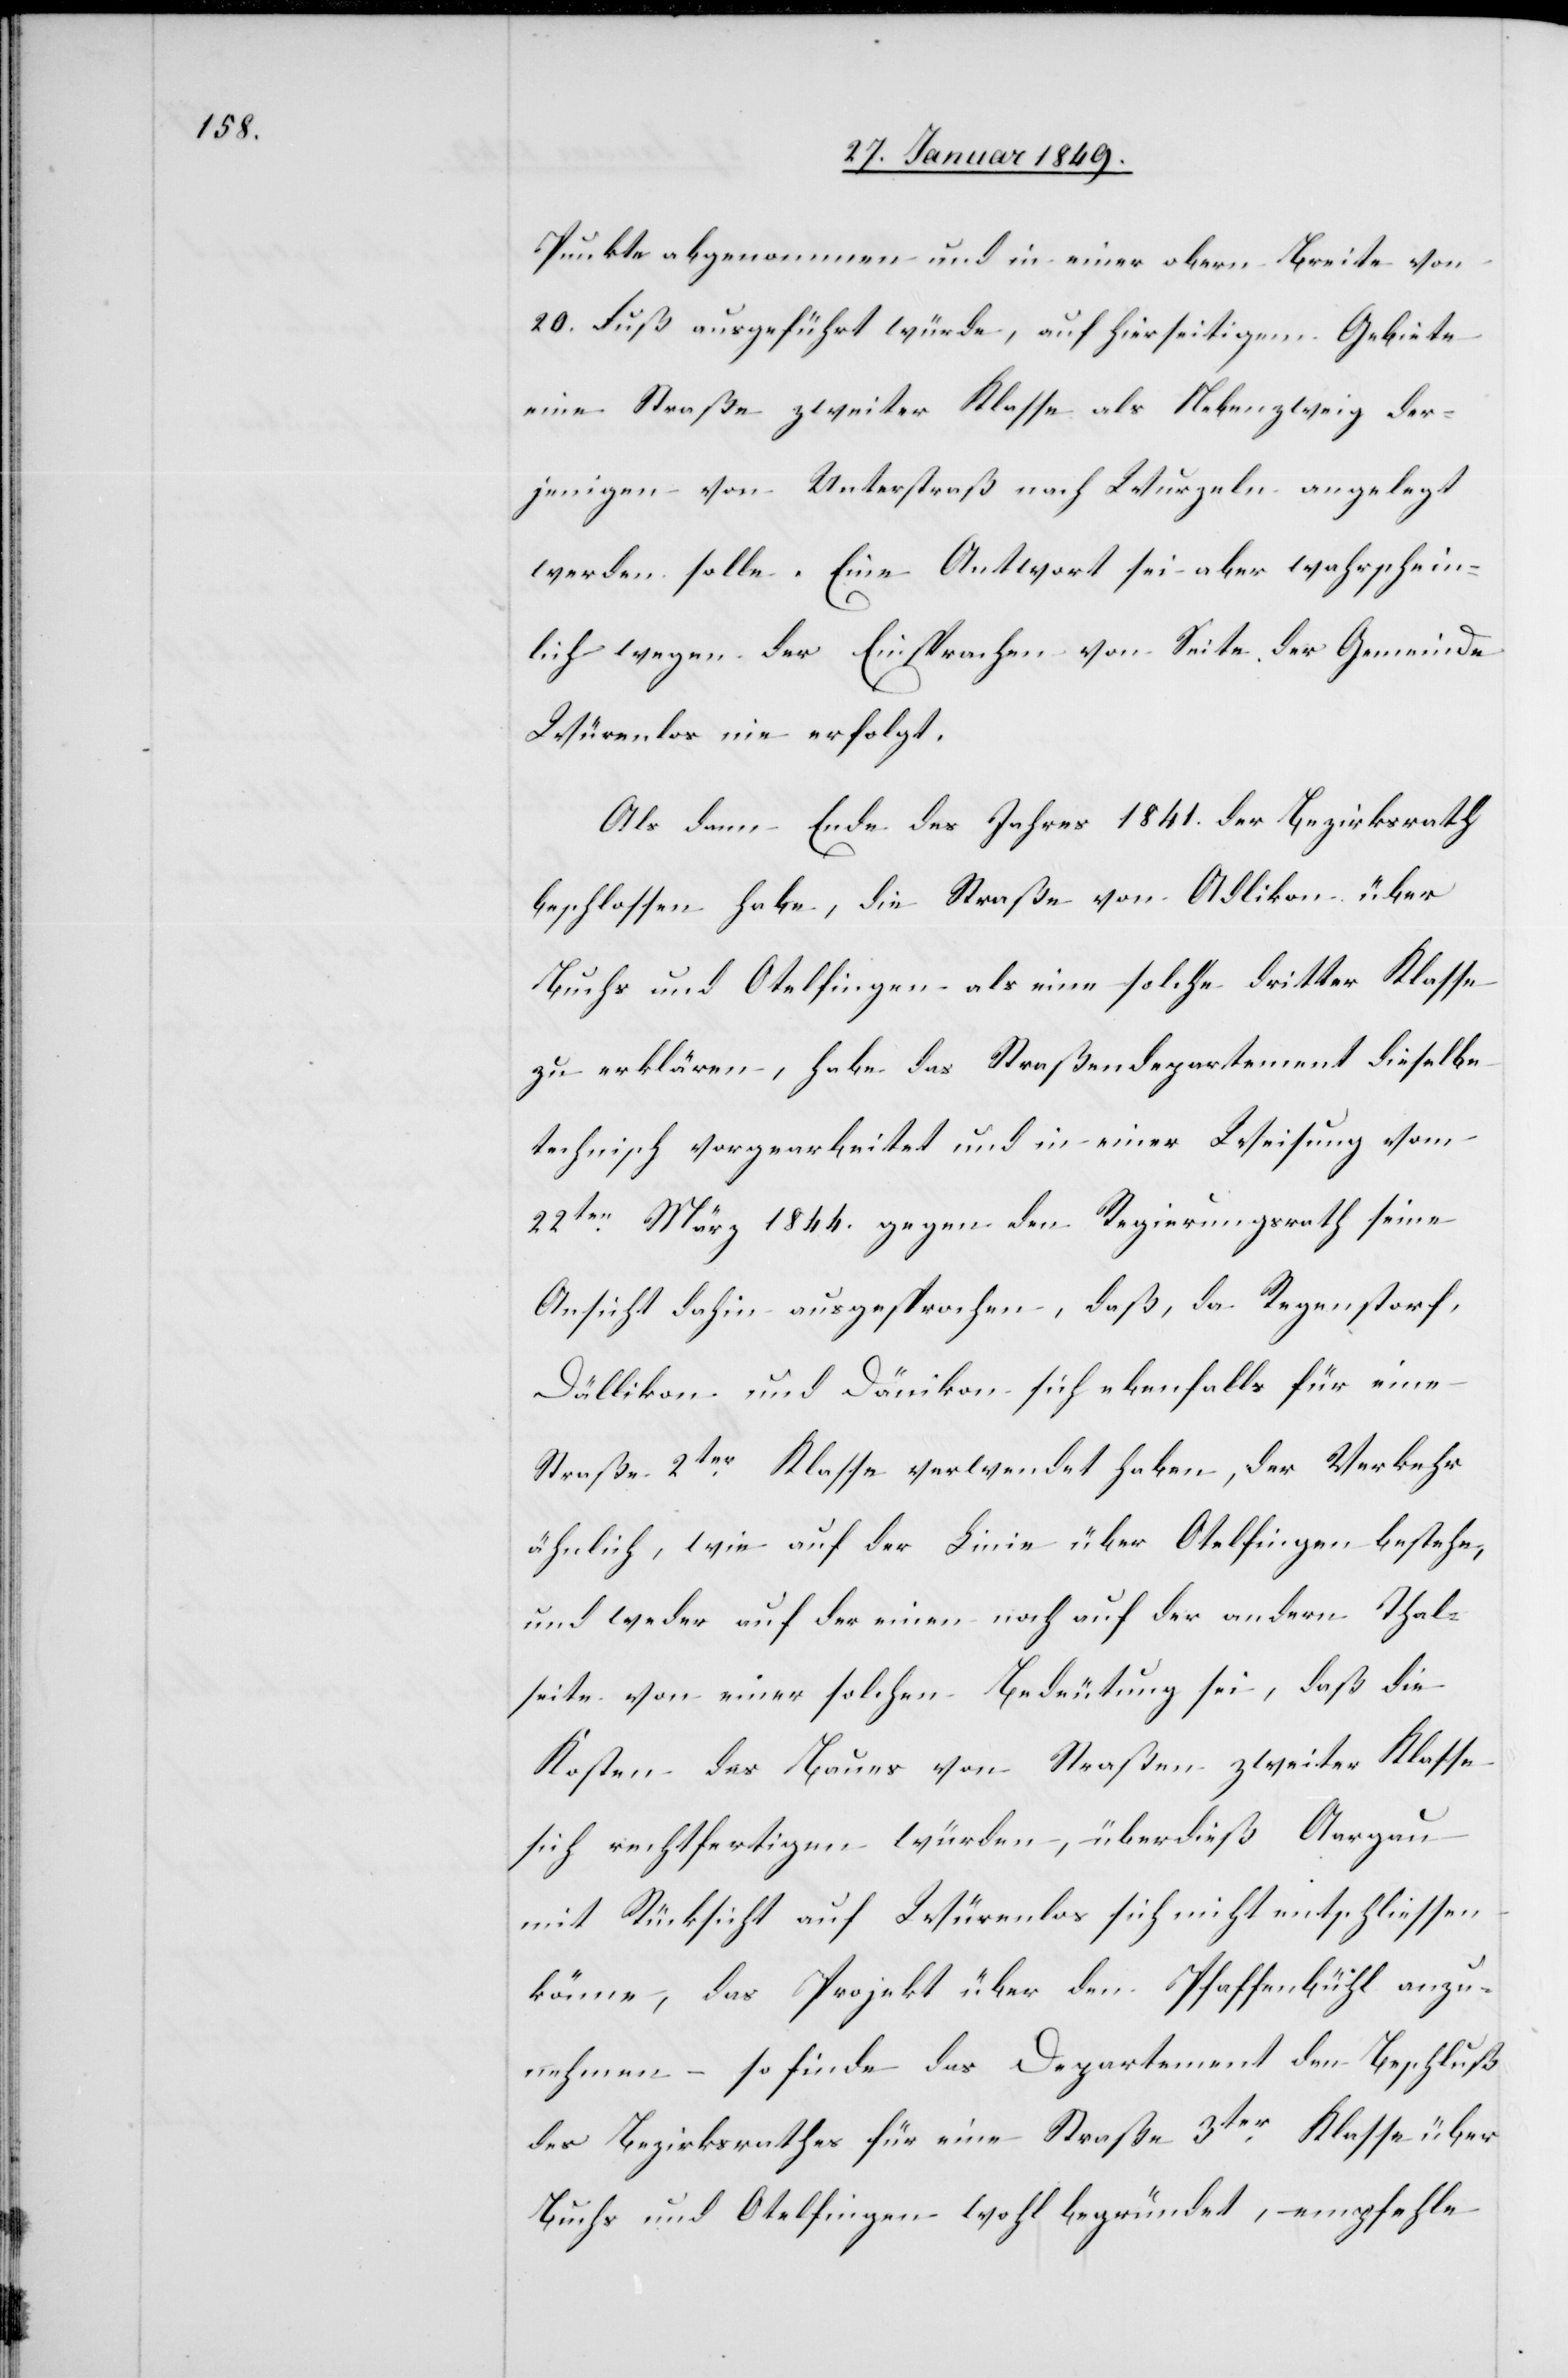
Punkte abgenommen und in einer obern Breite von
20. Fuß ausgeführt würde, auf hierseitigem Gebiete
eine Straße zweiter Klasse als Nebenzweig der¬
jenigen von Unterstraß nach Wurzeln angelegt
werden solle. Eine Antwort sei aber wahrschein¬
lich wegen der Einsprache von Seite der Gemeinde
Würenlos nie erfolgt.
Als dann Ende des Jahres 1841. der Bezirksrath
beschlossen habe, die Straße von Adlikon über
Buchs und Otelfingen als eine solche dritter Klasse
zu erklären, habe das Straßendepartement dieselbe
technisch vorgearbeitet und in einer Weisung vom
22ten. März 1844. gegen den Regierungsrath seine
Ansicht dahin ausgesprochen, daß, da Regenstorf,
Dällikon und Dänikon sich ebenfalls für eine
Straße 2ter. Klasse verwendet haben, der Verkehr
ähnlich, wie auf der Linie über Otelfingen bestehe,
und weder auf der einen noch auf der andern Thal¬
seite von einer solchen Bedeutung sei, daß die
Kosten des Baues von Straßen zweiter Klasse
sich rechtfertigen würden, überdieß Aargau
mit Rücksicht auf Würenlos sich nicht entschliessen
könne, das Projekt über den Pfaffenbühl anzu¬
nehmen – so finde das Departement den Beschluß
des Bezirksrathes für eine Straße 3ter. Klasse über
Buchs und Otelfingen wohl begründet, empfehle